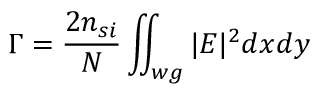
\Gamma = \frac { 2 n _ { s i } } { N } \iint _ { w g } | E | ^ { 2 } d x d y